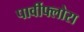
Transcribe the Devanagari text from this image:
पार्वीफ्लोरा